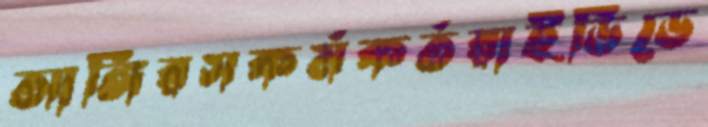
আঙ্গিরসকর্মকর্তরাইডিডে